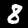
Digit: 8